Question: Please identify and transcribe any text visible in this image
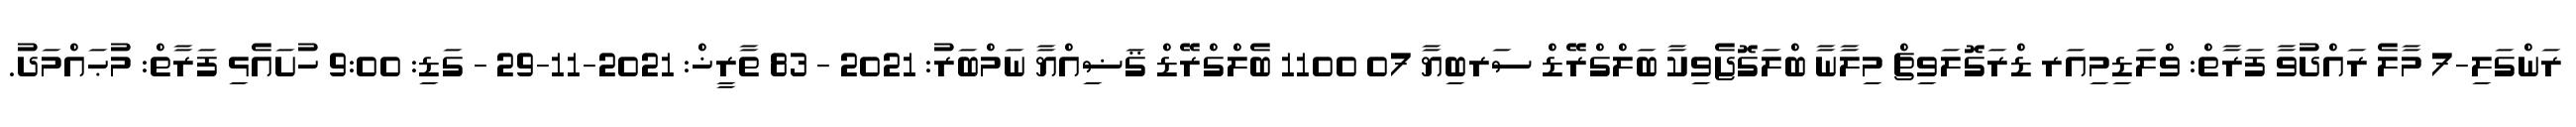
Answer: ރަންގަލި-7 މާލެ ރައްދުވާ ފަރާތް: ވްލަޑިމިއަރ ޑްރަގޮލަވިޗް މިލާނާ ބްލަގޮޖެވިކާ ބަލްގްރޭޑް ސަރބިޔާ 07 1100 ބެލްގްރޭޑް ޤަޟިއްޔާ ނަމްބަރު: 2021 - 83 ތާރީޚް: 2021-11-29 - ގަޑި: 9:00 ހުށައެޅި ފަރާތް: މުޙައްމަދު.